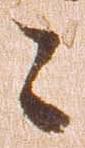
々